King Institute of Preventive Medicine Bacteriolog. Section reports 1907-08
Year: 1907
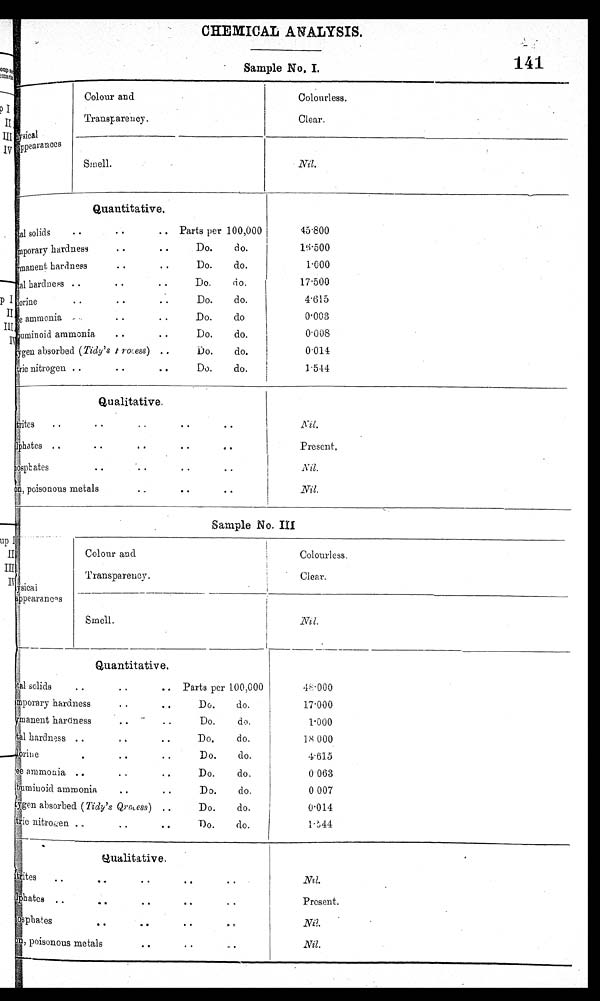
CHEMICAL ANALYSIS.
Sample No, I.
141
Colour and
Transparency.
-
Colourless.
Clear.
Smell.
Nil.
Quantitative.
al solids
. . . . .. Parts per 100,000
mporary hardness
. . . . Do. do.
'mauent hardness
. . .. Do. do.
al hardness ..
. . .. Do. do.
O r i n e
. . . .
. .
D o .
d o .
e ammonia
. . . . Do. do
uminoid ammonia
. . . . Do. do.
yen absorbed (Tidy's process) ..
Do.
do.
I
ric nitrogen .
. .
'
i 0
Do.
do.
45.800
16.500
1.000
17.500
4.615
0.003
0.008
0.014
1.544
Qualitative.
trites..
. . .. . . . .
phates . ,
..
..
..
. .
sphates
.. . . . . ..
, poisonous metals
..
..
. .
N il.
Present.
I
.Nil.
i
Nil.
Sample No. III
physical
appearances
Colour and
Transparency.
Colourless.
Clear.
Smell.
N i l .
Quantitative.
tal solids. . .. Parts per 100,00
m.porary hardness.. Do. do.
-
manent hardness
. . Do. do.
..
hardness ..
Do.
do.
. .
Orine .. .. Do.
do.
ammonia ..
..
2
Do.
do.
buminoid ammonia. . D o .
d o .
. .
gen absorbed (Tidy's Qrocess) . . Do. do.
tric nitroa en Do. do. . .
.
0
48.000
17.000
1.000
1 8 . 0 0 0
4.615
0.063
0 007
0.014
1.544
.
Qualitative.
trites . .. . . .
. -
..
phates
.
.
. .
..
.
.
sphates . . . . . ..,
poisonous metals
. .
. .
. . .
Nil.
Present.
N i l
.
N i l .